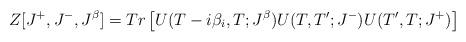
LaTeX: \begin{align*}Z[J^+, J^-, J^{\beta}]= Tr \left[ U(T-i\beta_i,T;J^{\beta})U(T,T';J^-)U(T',T;J^+) \right]\end{align*}